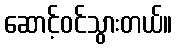
ဆောင့်ဝင်သွားတယ်။